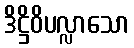
ဒိဋ္ဌိဝိပလ္လာသော